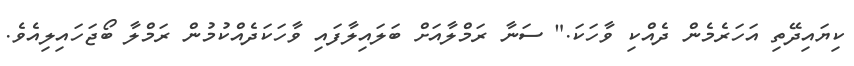
ކިޔައިދޭތި އަހަރެމެން ދެއްކި ވާހަކަ." ސަނާ ރަމްލާއަށް ބަލައިލާފައި ވާހަކަދެއްކުމުން ރަމްލާ ބޯޖަހައިލިއެވެ.